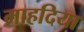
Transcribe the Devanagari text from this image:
माहदिया